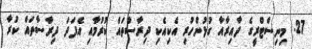
27. މިނިސްޓްރީގެ ދާއިރާއާ ގުޅުންހުރި އެކިއެކި ދިރާސާތައް ކުރުމާއި އެފަދަ ދިރާސާތައް ކުރާ